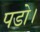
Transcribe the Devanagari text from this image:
पडो।